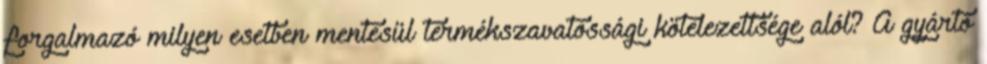
forgalmazó milyen esetben mentesül termékszavatossági kötelezettsége alól? A gyártó